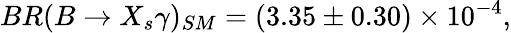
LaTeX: BR(B\rightarrow X_{s}\gamma)_{SM}=(3.35\pm 0.30)\times 10^{-4},